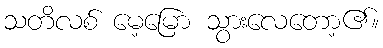
သတိလစ် မေ့မြော သွားလေတော့၏။